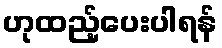
ဟုထည့်ပေးပါရန်